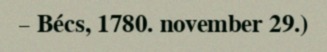
– Bécs, 1780. november 29.)